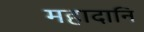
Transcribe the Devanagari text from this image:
महादानि